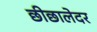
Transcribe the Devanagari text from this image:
छीछालेदर